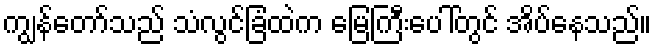
ကျွန်တော်သည် သံလွင်ခြံထဲက မြေကြီးပေါ်တွင် အိပ်နေသည်။